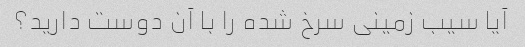
آیا سیب زمینی سرخ شده را با آن دوست دارید؟